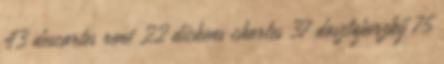
43 descartes rené 22 dickens charles 37 dosztojevszkij 75